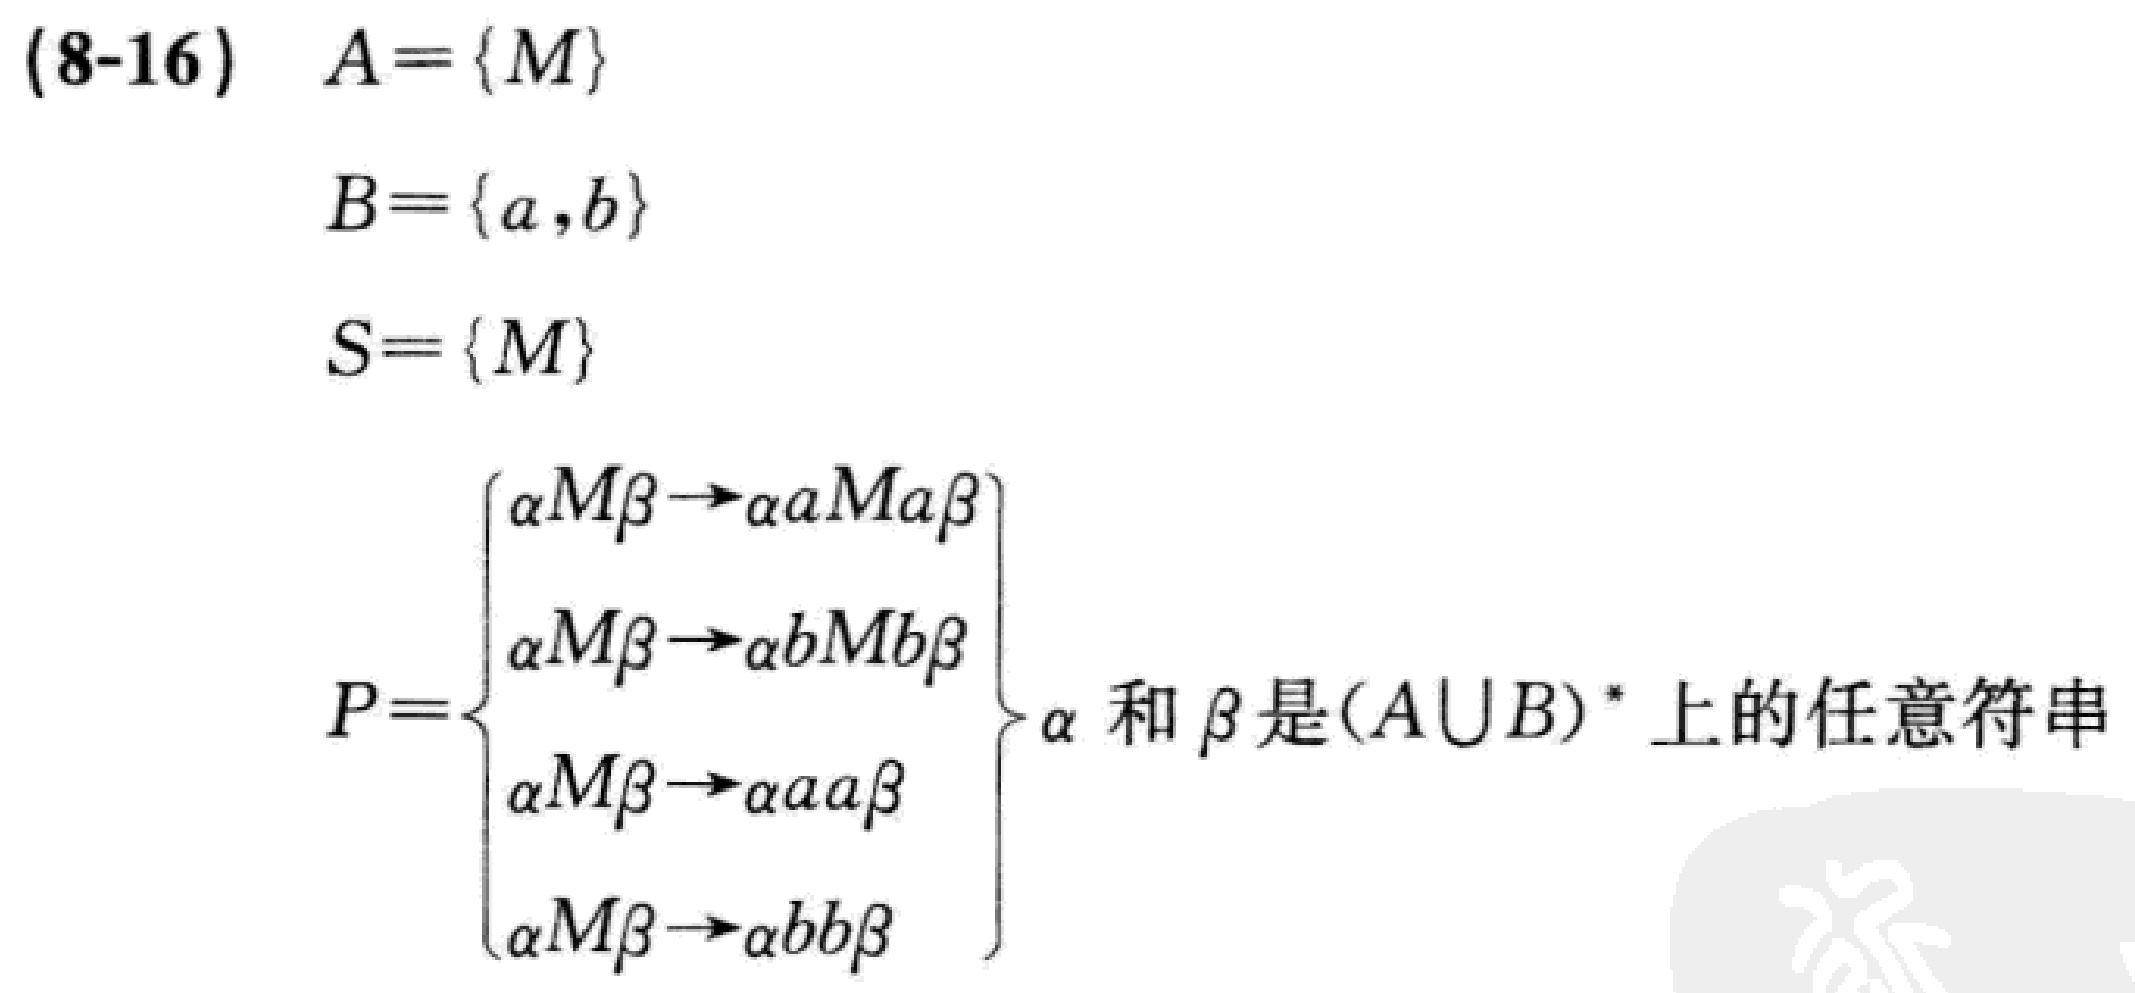
(8-16)

\[

\begin{align*}

A&=\{M\}\\

B&=\{a,b\}\\

S&=\{M\}\\

P&=\begin{cases}

\alpha M\beta\rightarrow\alpha aMa\beta\\

\alpha M\beta\rightarrow\alpha bMb\beta\\

\alpha M\beta\rightarrow\alpha aa\beta\\

\alpha M\beta\rightarrow\alpha bb\beta

\end{cases}\quad \alpha\text{ 和 }\beta\text{ 是}(A\cup B)^*\text{ 上的任意符串}

\end{align*}

\]